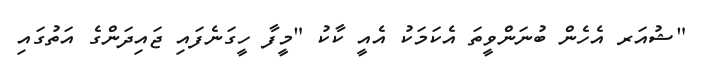
"ޝުއަރ އެހެން ބުނަންވީތަ އެކަމަކު އެއީ ކާކު "މީފާ ހީގަނެފައި ޖައިދަންގެ އަތުގައި